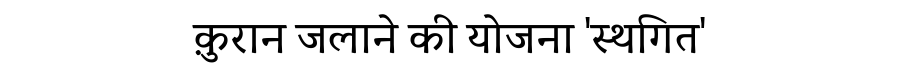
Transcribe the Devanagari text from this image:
क़ुरान जलाने की योजना 'स्थगित'